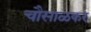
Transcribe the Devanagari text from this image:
चौसाळकर